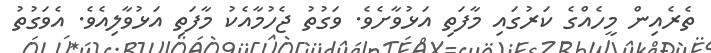
ތެރެއިން މީހެއްގެ ކަރުގައި މާފަތި އަޅުވާށެވެ. ވަގުތު ޖެހުމާއެކު މާފަތި އަޅުވާލިއެވެ. އެވަގުތު